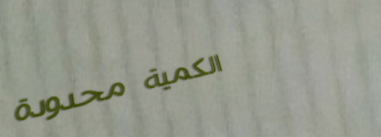
الكمية محدودة